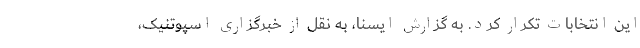
این انتخابات تکرار کرد. به گزارش ایسنا، به نقل از خبرگزاری اسپوتنیک،